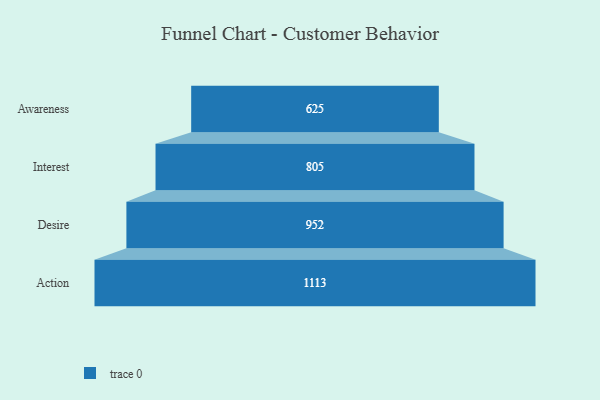
{"axis": {"x": "Stage", "y": "Value"}, "legend": [""], "data": [{"x": "Awareness", "y": 625.0, "type": ""}, {"x": "Interest", "y": 805.0, "type": ""}, {"x": "Desire", "y": 952.0, "type": ""}, {"x": "Action", "y": 1113.0, "type": ""}]}